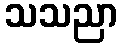
သသညာ